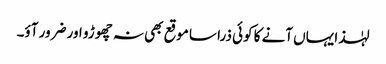
لہٰذا یہاں آنے کا کوئی ذرا سا موقع بھی نہ چھوڑو اور ضرور آؤ۔